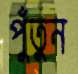
পুঁতুন